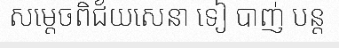
សម្តេចពិជ័យសេនា ទៀ បាញ់ បន្ត